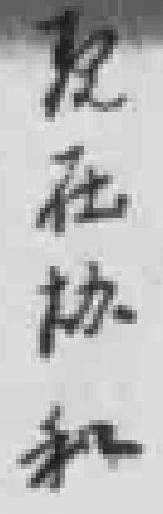
现在协和